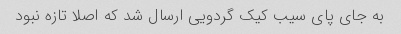
به جاى پای سیب کیک گردویی ارسال شد که اصلا تازه نبود